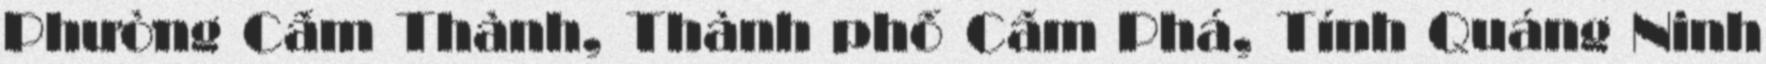
Phường Cẩm Thành, Thành phố Cẩm Phả, Tỉnh Quảng Ninh